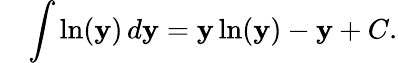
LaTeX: \quad\int\ln(\mathbf{y})\, d\mathbf{y}=\mathbf{y}\ln(\mathbf{y})-\mathbf{y}+C.